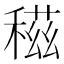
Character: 稵